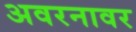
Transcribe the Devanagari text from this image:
अवरनावर